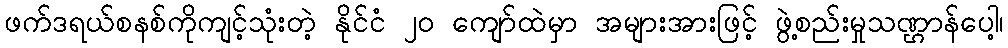
ဖက်ဒရယ်စနစ်ကိုကျင့်သုံးတဲ့ နိုင်ငံ ၂၀ ကျော်ထဲမှာ အများအားဖြင့် ဖွဲ့စည်းမှုသဏ္ဌာန်ပေါ့၊